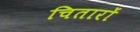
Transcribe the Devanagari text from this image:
चितारों